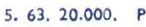
5 .63. 20.000. P